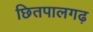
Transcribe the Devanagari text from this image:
छितपालगढ़